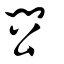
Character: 𨳗